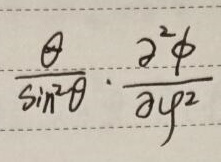
\[
\frac{\partial}{\sin^{2}\theta}\cdot\frac{\partial^{2}\phi}{\partial\varphi^{2}}
\]